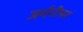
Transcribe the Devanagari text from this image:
जर्मनीभर